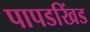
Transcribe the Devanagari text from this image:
पापडखिंड